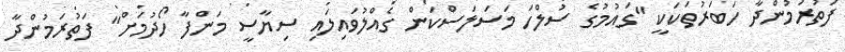
ފަތުރަމުންދާ ހަބަރުތަކަކީ "ގައުމުގެ ސުލްހަ މަސަލަސްކަން ގެއްލުވައިލައި ސިޔާސީ މަންފާ ހޯދުމަށް" ފަތުރަމުންދާ